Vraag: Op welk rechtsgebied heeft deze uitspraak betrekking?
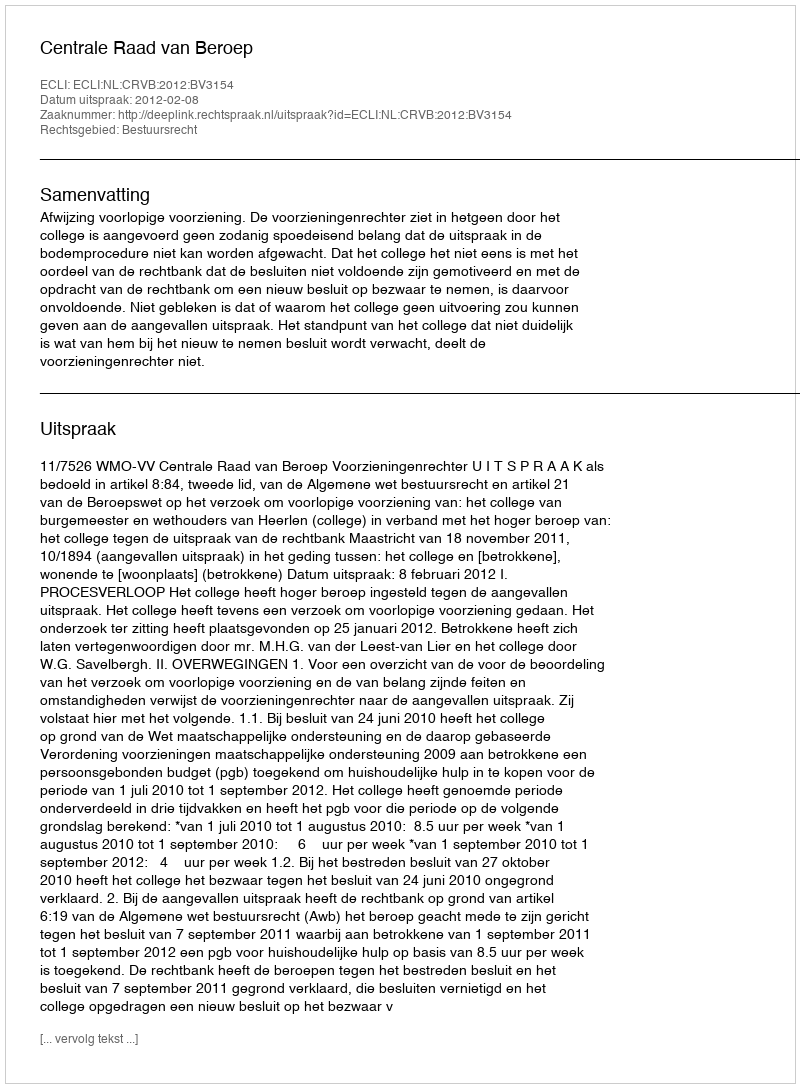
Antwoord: Bestuursrecht